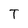
Character: T